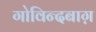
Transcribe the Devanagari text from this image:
गोविन्दबाग़